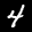
Label: 4